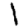
Digit: 1